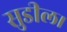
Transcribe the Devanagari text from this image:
सुडील।